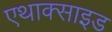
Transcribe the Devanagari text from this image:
एथाक्साइड